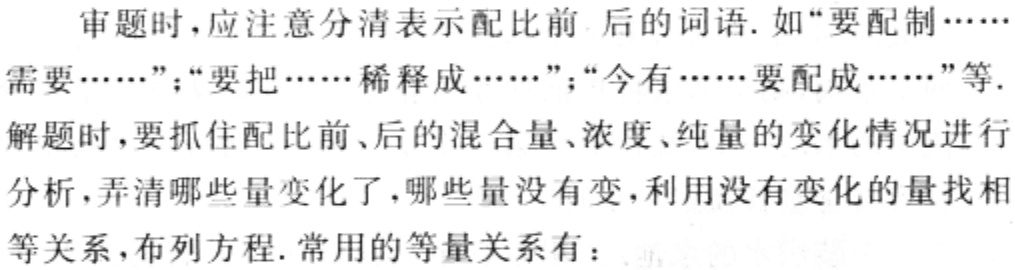
审题时，应注意分清表示配比前 后 的词语. 如“要配制……需要……”；“要把……稀释成……”；“今有……要配成……”等.
解题时，要抓住配比前、后的混合量、浓度、纯量的变化情况进行分析，弄清哪些量变化了，哪些量没有变，利用没有变化的量找相等关系，布列方程. 常用的等量关系有：